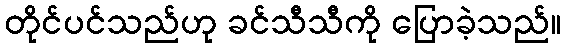
တိုင်ပင်သည်ဟု ခင်သီသီကို ပြောခဲ့သည်။